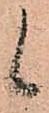
候